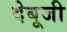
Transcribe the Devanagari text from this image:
देबूजी